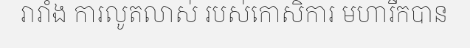
រារាំង ការលូតលាស់ របស់កោសិការ មហារីកបាន